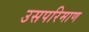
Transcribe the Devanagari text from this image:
उसपरिमाण